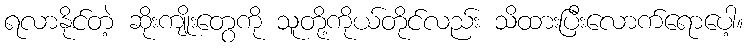
ရလာနိုင်တဲ့ ဆိုးကျိုးတွေကို သူတို့ကိုယ်တိုင်လည်း သိထားပြီးလောက်ရောပေါ့။